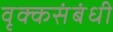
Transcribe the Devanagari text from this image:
वृक्कसंबंधी